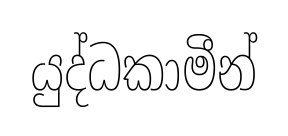
යුද්ධකාමීන්